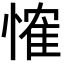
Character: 𢞕